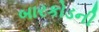
બારકોડની